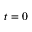
t = 0